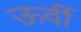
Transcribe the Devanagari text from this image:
ऊर्वी